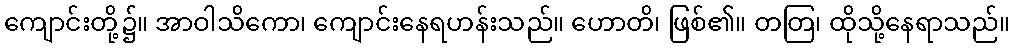
ကျောင်းတို့၌။ အာဝါသိကော၊ ကျောင်းနေရဟန်းသည်။ ဟောတိ၊ ဖြစ်၏။ တတြ၊ ထိုသို့နေရာသည်။